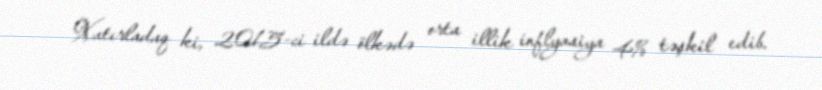
Xatırladaq ki, 2015-ci ildə ölkədə orta illik inflyasiya 4% təşkil edib.